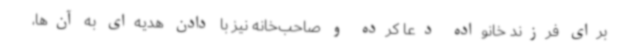
برای فرزند خانواده دعا کرده و صاحب‌خانه نیز با دادن هدیه‌ای به آن‌ها،